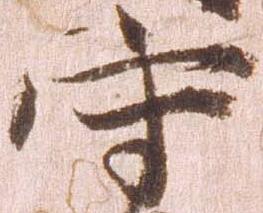
守